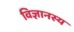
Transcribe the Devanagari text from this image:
विज्ञानस्य